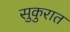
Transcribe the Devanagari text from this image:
सुकुरात